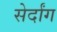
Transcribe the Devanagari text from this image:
सेर्दांग